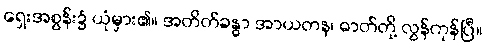
ရှေးအစွန်း၌ ယုံမှား၏။ အတိတ်ခန္ဓာ အာယတန၊ ဓာတ်တို့ လွန်ကုန်ပြီ။